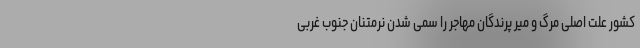
کشور علت اصلی مرگ و میر پرندگان مهاجر را سمی شدن نرمتنان جنوب غربی